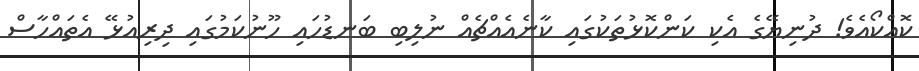
ކޮއްކޯއެވެ! ދުނިޔޭގެ އެކި ކަންކޮޅުތަކުގައި ކާނެއެއްޗެއް ނުލިބި ބަނޑުހައި ހޫނުކަމުގައި ދިރިއުޅޭ އެތައްހާސް